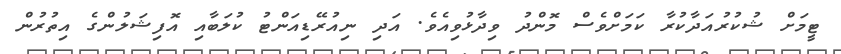
ޓީމަށް ޝުކުރުއަދާކުރާ ކަމަށްވެސް މޮންދު ވިދާޅުވިއެވެ. އަދި ނިއުރޭޑިއަންޓު ކުލަބާއި އޮފިޝަލުންގެ އިތުރުން